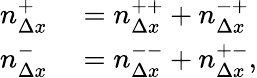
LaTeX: \begin{array}{rl}{n_{\Delta x}^{+}}&{{}=n_{\Delta x}^{++}+n_{\Delta x}^{-+}}\\ {n_{\Delta x}^{-}}&{{}=n_{\Delta x}^{--}+n_{\Delta x}^{+-},}\end{array}